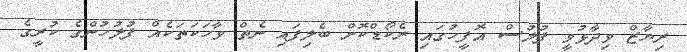
ރިޔާޒް ވިދާޅުވީ ފުލުސް އޮފީހުގައި ރެކޯޑްކޮށް ބެލިފައި ނެތް ވާހަކަތަކެއް ފުލުހުންގެ ކުރީގެ